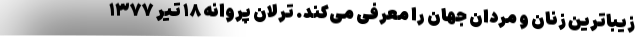
زیباترین زنان و مردان جهان را معرفی می‌کند. ترلان پروانه ۱۸ تیر ۱۳۷۷